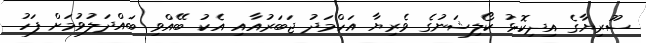
ސޫރިޔާގެ އިދިކޮޅު ކޯލިޝަނުގެ ވެރިޔާ އަހްމަދު ޖަބަރުއާއި އެކު ބޭއްވި ބައްދަލުވުމަށް ފަހު